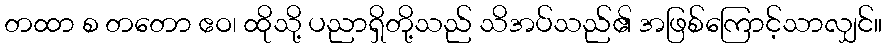
တထာ စ တတော ဧဝ၊ ထိုသို့ ပညာရှိတို့သည် သိအပ်သည်၏ အဖြစ်ကြောင့်သာလျှင်။